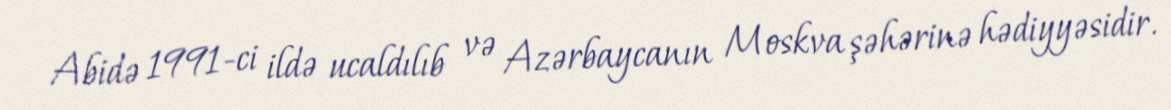
Abidə 1991-ci ildə ucaldılıb və Azərbaycanın Moskva şəhərinə hədiyyəsidir.